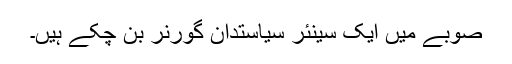
صوبے میں ایک سینئر سیاستدان گورنر بن چکے ہیں۔